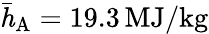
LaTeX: \mathit{\bar{h}_{\mathrm{A}}}=19.3\, \mathrm{MJ/kg}